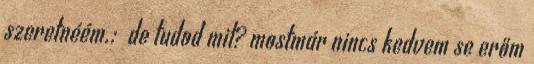
szeretnéém.: de tudod mit? mostmár nincs kedvem se erőm